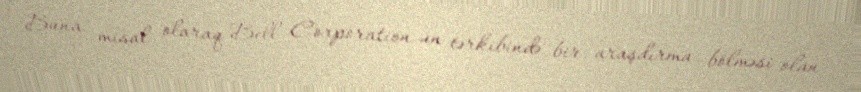
Buna misal olaraq Bell Corporation-un tərkibində bir araşdırma bölməsi olan